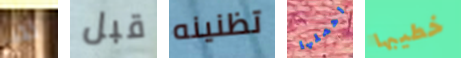
لقد قبل تظنينه احملها خطيبها